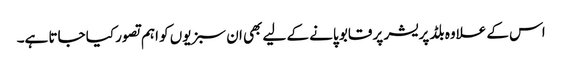
اس کے علاوہ بلڈ پریشر پر قابو پانے کے لیے بھی ان سبزیوں کو اہم تصور کیا جاتا ہے۔